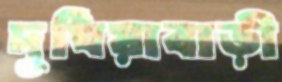
দুধিয়াবাড়ী